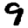
Digit: 9